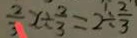
\frac { 2 } { 3 } x \div \frac { 2 } { 3 } = 2 \div \frac { 2 } { 3 }